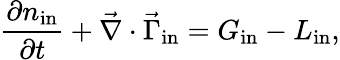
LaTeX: \frac{\partial{n_{\mathrm{in}}}}{\partial{t}}+\vec{\nabla}\cdot\vec{\Gamma}_{\mathrm{in}}=G_{\mathrm{in}}-L_{\mathrm{in}},